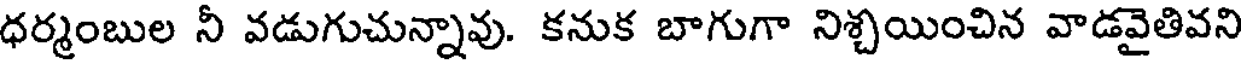
ధర్మంబుల నీ వడుగుచున్నావు. కనుక బాగుగా నిశ్చయించిన వాడవైతివని